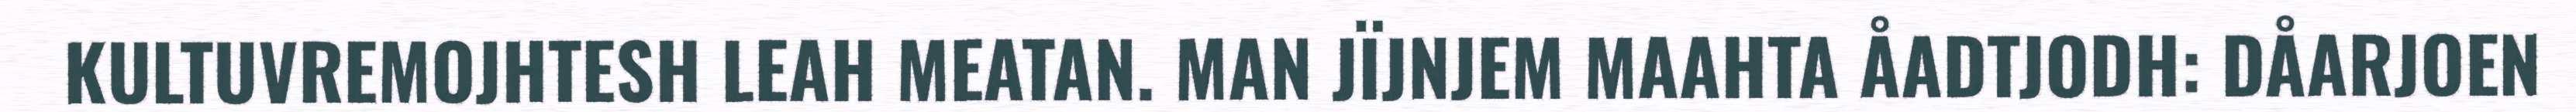
KULTUVREMOJHTESH LEAH MEATAN. MAN JÏJNJEM MAAHTA ÅADTJODH: DÅARJOEN